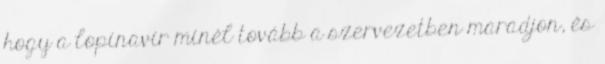
hogy a lopinavir minél tovább a szervezetben maradjon, és